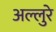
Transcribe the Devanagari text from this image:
अल्लुरे